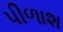
પીળાશ